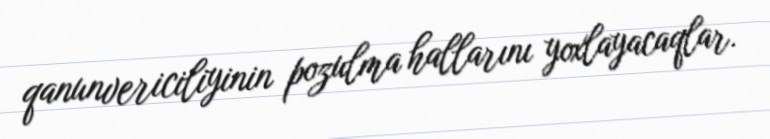
qanunvericiliyinin pozulma hallarını yoxlayacaqlar.